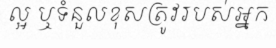
ល្អ ឬទំនួលខុសត្រូវរបស់អ្នក